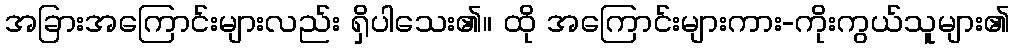
အခြားအကြောင်းများလည်း ရှိပါသေး၏။ ထို အကြောင်းများကား-ကိုးကွယ်သူများ၏